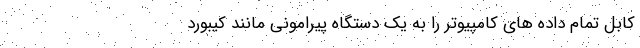
کابل تمام داده های کامپیوتر را به یک دستگاه پیرامونی مانند کیبورد